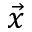
\vec { x }